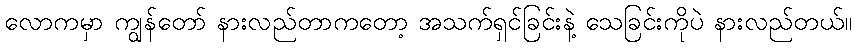
လောကမှာ ကျွန်တော် နားလည်တာကတော့ အသက်ရှင်ခြင်းနဲ့ သေခြင်းကိုပဲ နားလည်တယ်။